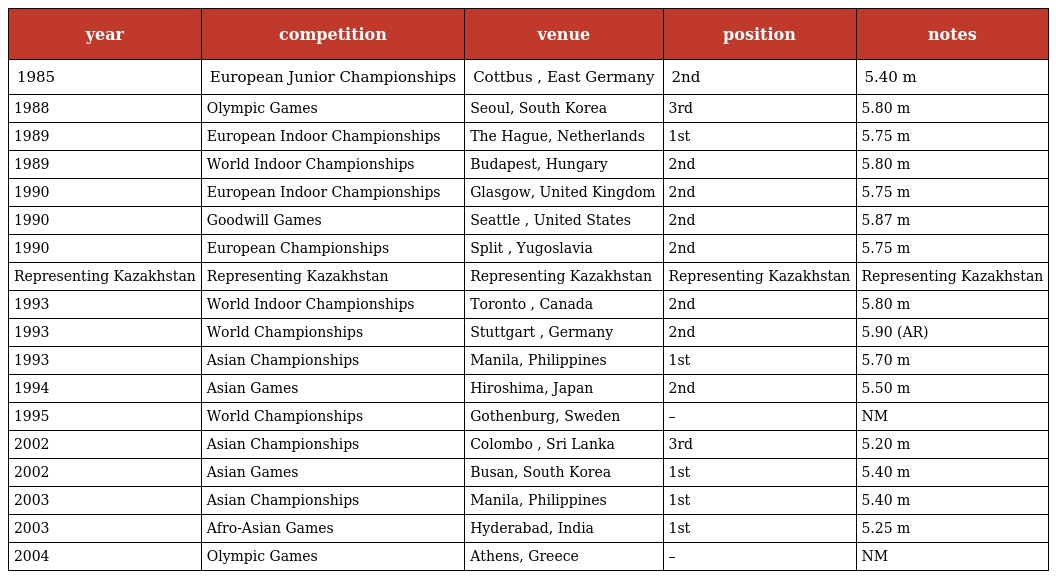
| year | competition | venue | position | notes |
 | --- | --- | --- | --- | --- |
 | 1985 | European Junior Championships | Cottbus , East Germany | 2nd | 5.40 m |
 | 1988 | Olympic Games | Seoul, South Korea | 3rd | 5.80 m |
 | 1989 | European Indoor Championships | The Hague, Netherlands | 1st | 5.75 m |
 | 1989 | World Indoor Championships | Budapest, Hungary | 2nd | 5.80 m |
 | 1990 | European Indoor Championships | Glasgow, United Kingdom | 2nd | 5.75 m |
 | 1990 | Goodwill Games | Seattle , United States | 2nd | 5.87 m |
 | 1990 | European Championships | Split , Yugoslavia | 2nd | 5.75 m |
 | Representing Kazakhstan | Representing Kazakhstan | Representing Kazakhstan | Representing Kazakhstan | Representing Kazakhstan |
 | 1993 | World Indoor Championships | Toronto , Canada | 2nd | 5.80 m |
 | 1993 | World Championships | Stuttgart , Germany | 2nd | 5.90 (AR) |
 | 1993 | Asian Championships | Manila, Philippines | 1st | 5.70 m |
 | 1994 | Asian Games | Hiroshima, Japan | 2nd | 5.50 m |
 | 1995 | World Championships | Gothenburg, Sweden | – | NM |
 | 2002 | Asian Championships | Colombo , Sri Lanka | 3rd | 5.20 m |
 | 2002 | Asian Games | Busan, South Korea | 1st | 5.40 m |
 | 2003 | Asian Championships | Manila, Philippines | 1st | 5.40 m |
 | 2003 | Afro-Asian Games | Hyderabad, India | 1st | 5.25 m |
 | 2004 | Olympic Games | Athens, Greece | – | NM |